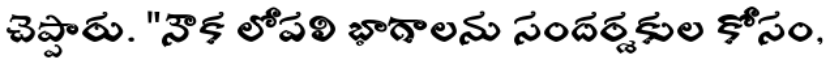
చెప్పారు. "నౌక లోపలి భాగాలను సందర్శకుల కోసం,